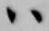
ハ